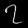
Digit: ၇